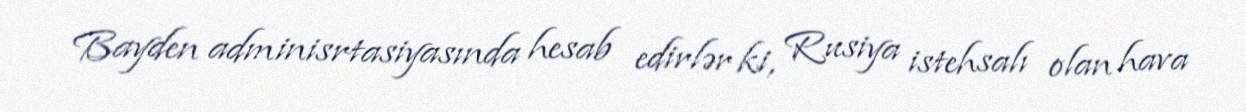
Bayden adminisrtasiyasında hesab edirlər ki, Rusiya istehsalı olan hava